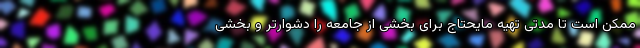
ممکن است تا مدتی تهیه مایحتاج برای بخشی از جامعه را دشوارتر و بخشی